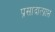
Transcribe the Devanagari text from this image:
प्रसादात्प्राप्त